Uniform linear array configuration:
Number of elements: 4
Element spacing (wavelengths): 1
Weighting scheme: kaiser
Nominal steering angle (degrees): -45
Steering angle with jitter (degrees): -46.244
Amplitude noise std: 0.05
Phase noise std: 0.05

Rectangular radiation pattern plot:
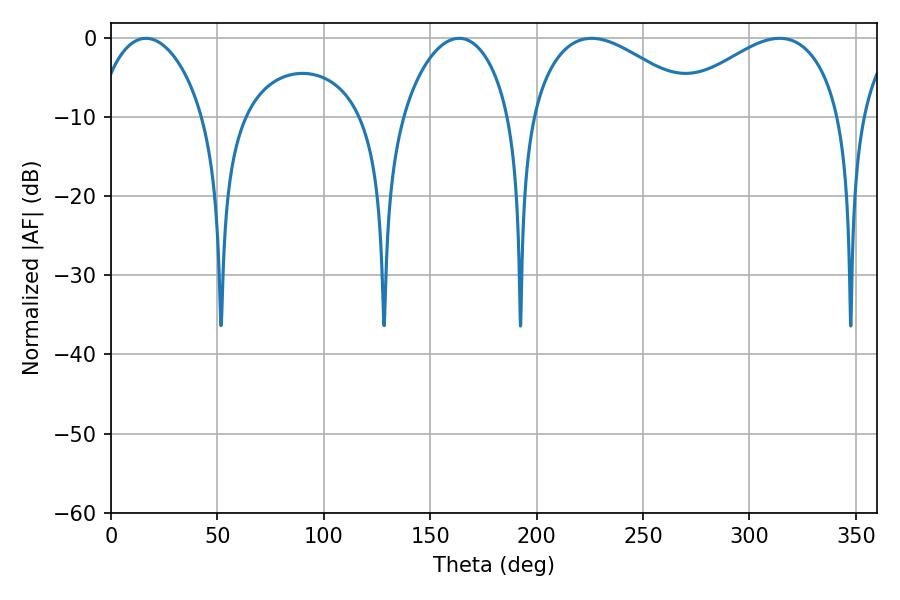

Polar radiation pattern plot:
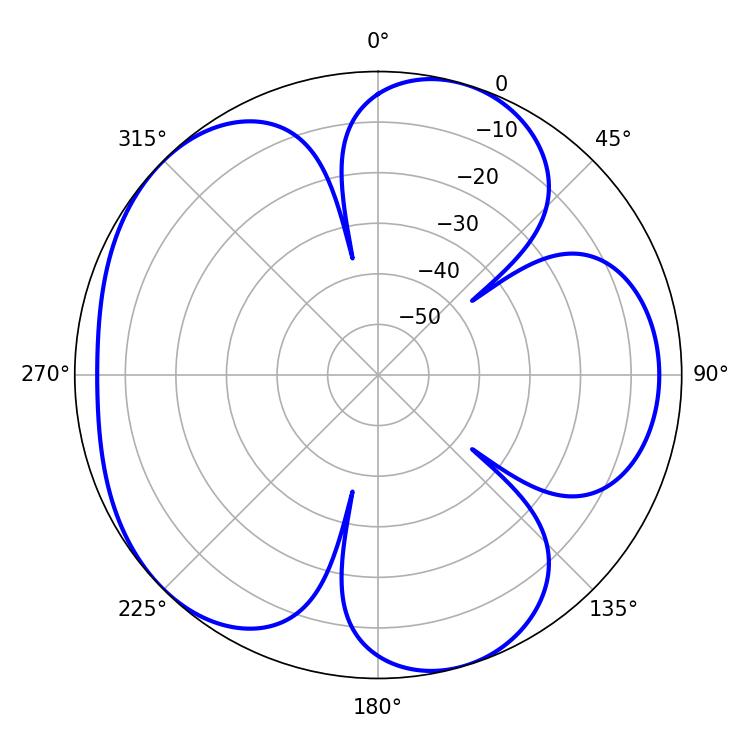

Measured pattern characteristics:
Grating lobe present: TRUE
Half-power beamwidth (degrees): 28.62
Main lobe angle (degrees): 16.38